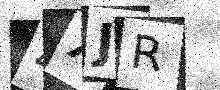
Text: 4XJR